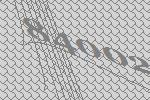
84002